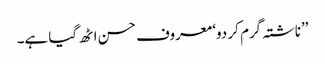
’’ناشتہ گرم کر دو‘ معروف حسن اٹھ گیا ہے۔